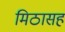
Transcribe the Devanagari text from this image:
मिठासह